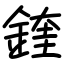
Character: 鍷